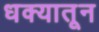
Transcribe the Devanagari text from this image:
धक्यातून